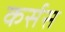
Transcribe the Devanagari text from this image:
कर्सस